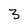
Character: 3